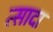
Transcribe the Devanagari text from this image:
त्सादा